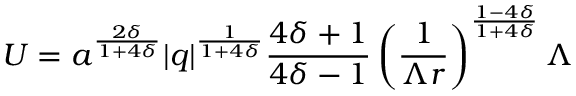
U = a ^ { \frac { 2 \delta } { 1 + 4 \delta } } | q | ^ { \frac { 1 } { 1 + 4 \delta } } \frac { 4 \delta + 1 } { 4 \delta - 1 } \left( \frac { 1 } { \Lambda r } \right) ^ { \frac { 1 - 4 \delta } { 1 + 4 \delta } } \Lambda